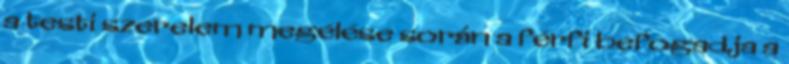
a testi szerelem megélése során a férfi befogadja a